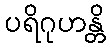
ပရိဂုဟန္တိ